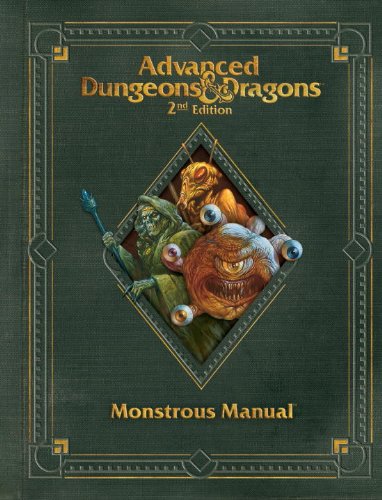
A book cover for Premium 2nd Edition Advanced Dungeons & Dragons Monstrous Manual (D&D Core Rulebook); Wizards RPG Team; Science Fiction & Fantasy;